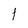
Character: 1